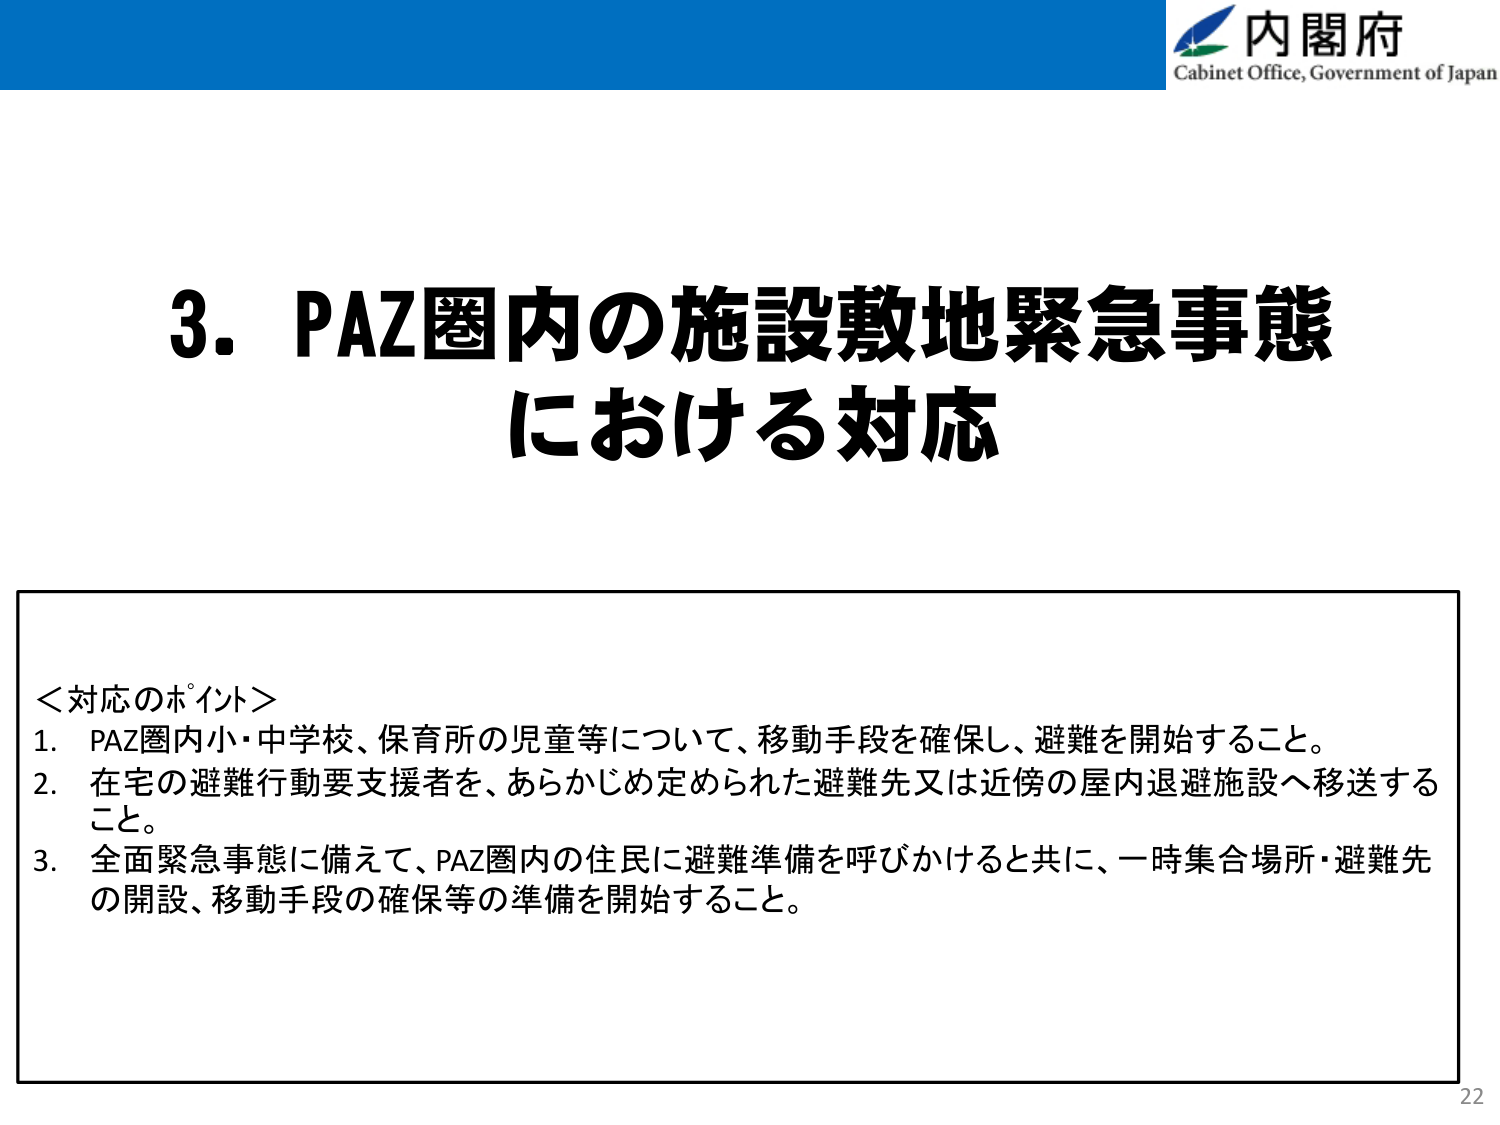
内閣府
Cabinet Office, Government of Japan

3. PAZ圏内の施設敷地緊急事態
における対応

＜対応のポイント＞
1. PAZ圏内小・中学校、保育所の児童等について、移動手段を確保し、避難を開始すること。
2. 在宅の避難行動要支援者を、あらかじめ定められた避難先又は近傍の屋内退避施設へ移送する
こと。
3. 全面緊急事態に備えて、PAZ圏内の住民に避難準備を呼びかけると共に、一時集合場所・避難先
の開設、移動手段の確保等の準備を開始すること。

22